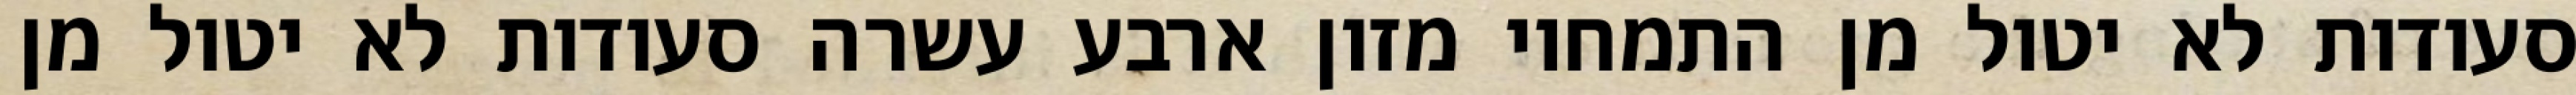
סעודות לא יטול מן התמחוי מזון ארבע עשרה סעודות לא יטול מן